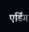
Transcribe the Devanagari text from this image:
एर्डिंग